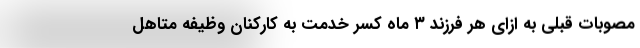
مصوبات قبلی به ازای هر فرزند ۳ ماه کسر خدمت به کارکنان وظیفه متاهل